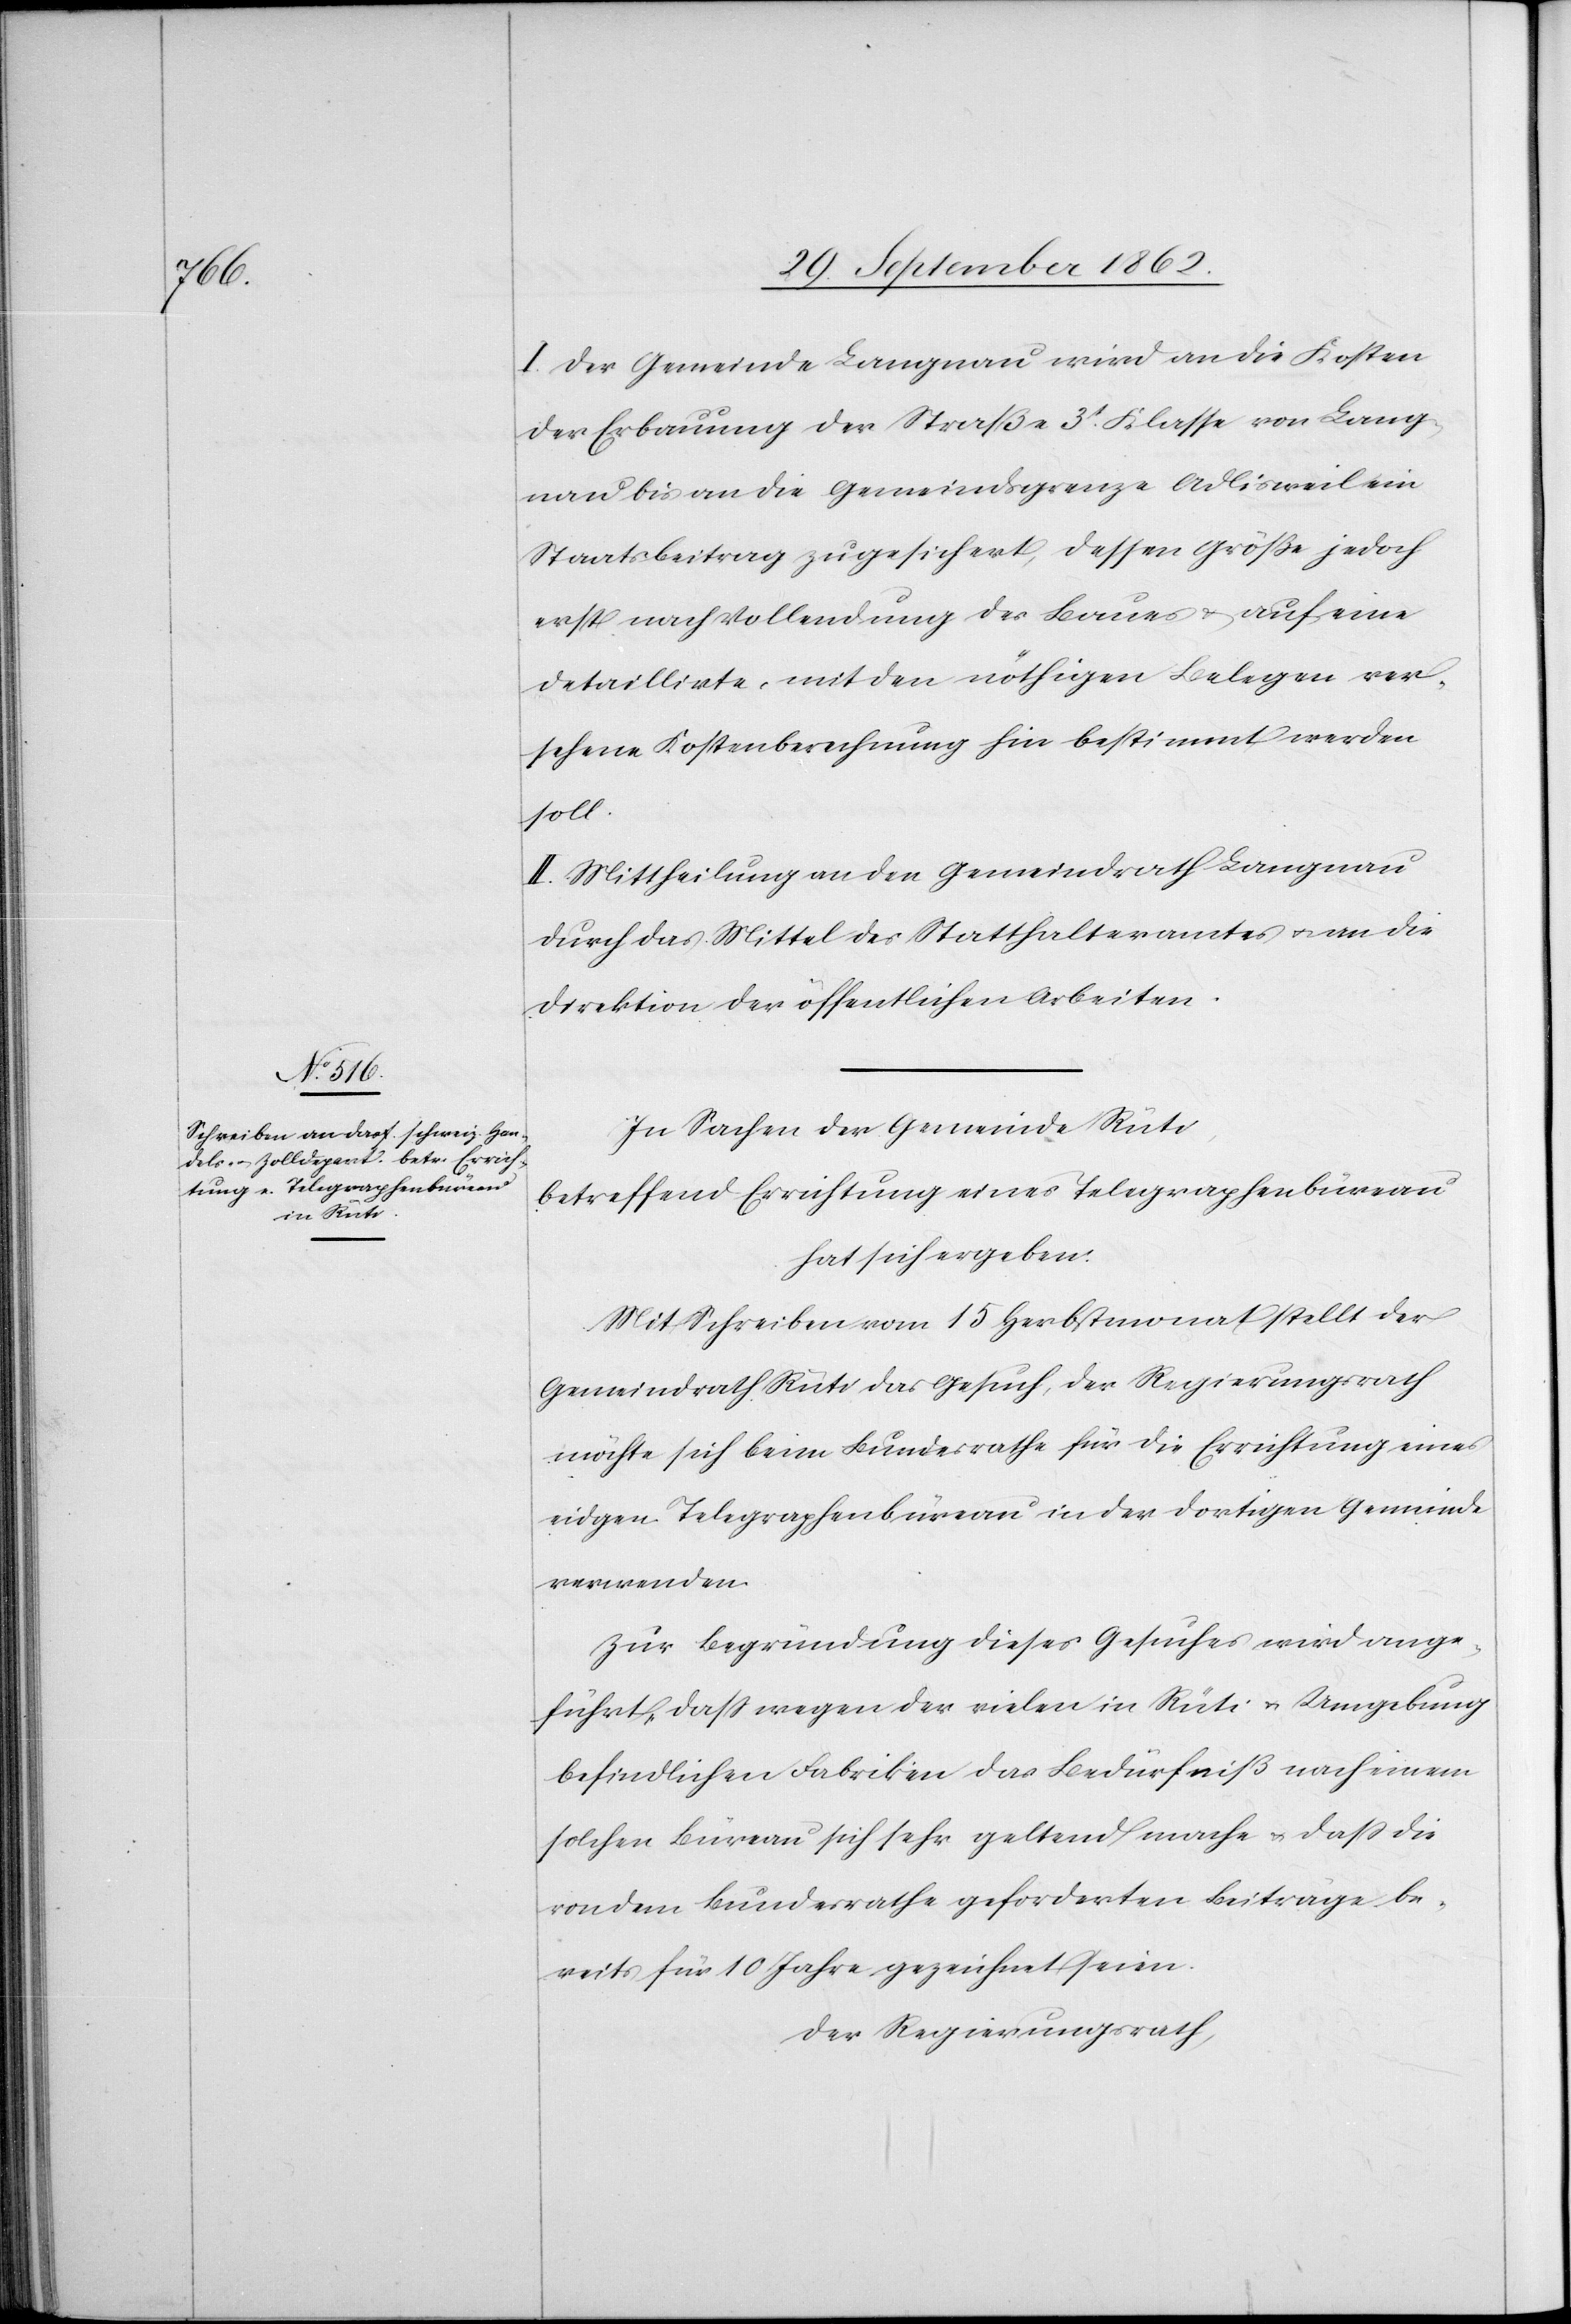
I. Der Gemeinde Langnau wird an die Kosten
der Erbauung der Straße 3t Klasse von Lang¬
nau bis an die Gemeindsgrenze Adlisweil ein
Staatsbeitrag zugesichert, dessen Größe jedoch
erst nach Vollendung des Baues u. auf eine
detaillirte, mit den nöthigen Belegen ver¬
sehene Kostenberechnung hin bestimmt werden
soll.
II. Mittheilung an den Gemeindrath Langnau
durch das Mittel des Statthalteramtes u. an die
Direktion der öffentlichen Arbeiten.
In Sachen der Gemeinde Rüti,
betreffend Errichtung eines Telegraphenbüreau
hat sich ergeben:
Mit Schreiben vom 15. Herbstmonat stellt der
Gemeindrath Rüti das Gesuch, der Regierungsrath
möchte sich beim Bundesrathe für die Errichtung eines
eidgen. Telegraphenbüreau in der dortigen Gemeinde
verwenden.
Zur Begründung dieses Gesuches wird ange¬
führt, daß wegen der vielen in Rüti u. Umgebung
befindlichen Fabriken das Bedürfniß nach einem
solchen Büreau sich sehr geltend mache u. daß die
von dem Bundesrathe geforderten Beiträge be¬
reits für 10 Jahre gezeichnet seien.
Der Regierungsrath,